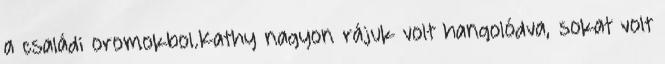
a családi oromokbol.Kathy nagyon rájuk volt hangolódva, sokat volt